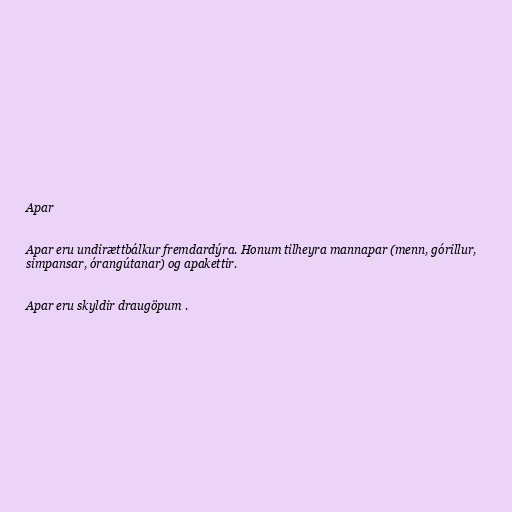
Apar

Apar eru undirættbálkur fremdardýra. Honum tilheyra mannapar (menn, górillur,
simpansar, órangútanar) og apakettir.

Apar eru skyldir draugöpum .